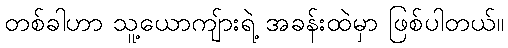
တစ်ခါဟာ သူ့ယောကျ်ားရဲ့ အခန်းထဲမှာ ဖြစ်ပါတယ်။